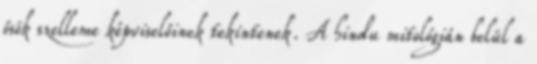
ősök szelleme képviselőinek tekintenek. A hindu mitológián belül a